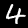
Digit: 4